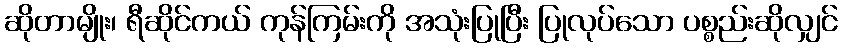
ဆိုတာမျိုး၊ ရီဆိုင်ကယ် ကုန်ကြမ်းကို အသုံးပြုပြီး ပြုလုပ်သော ပစ္စည်းဆိုလျှင်